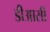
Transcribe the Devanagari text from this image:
डीआसी